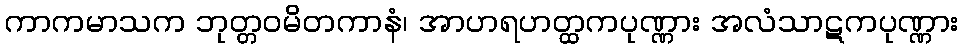
ကာကမာသက ဘုတ္တဝမိတကာနံ၊ အာဟရဟတ္ထကပုဏ္ဏား အလံသာဋကပုဏ္ဏား